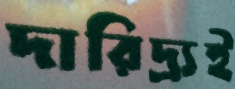
দারিদ্র্যই